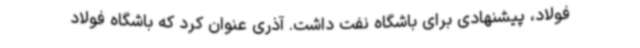
فولاد، پیشنهادی برای باشگاه نفت داشت. آذری عنوان کرد که باشگاه فولاد